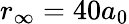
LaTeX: r_{\infty}=40a_{0}